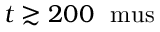
t \gtrsim 2 0 0 ~ \mathrm { \ m u s }